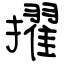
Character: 擢